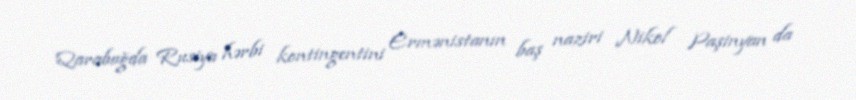
Qarabağda Rusiya hərbi kontingentini Ermənistanın baş naziri Nikol Paşinyan da